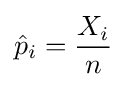
{\hat {p}}_{i}={\frac {X_{i}}{n}}